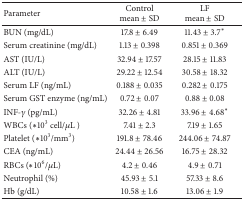
| Parameter | Controlmean ± SD | LFmean ± SD |
 | --- | --- | --- |
 | BUN (mg/dL) | 17.8 ± 6.49 | 11.43 ± 3.7* |
 | Serum creatinine (mg/dL) | 1.13 ± 0.398 | 0.851 ± 0.369 |
 | AST (IU/L) | 32.94 ± 17.57 | 28.15 ± 11.83 |
 | ALT (IU/L) | 29.22 ± 12.54 | 30.58 ± 18.32 |
 | Serum LF (ng/mL) | 0.188 ± 0.035 | 0.282 ± 0.175 |
 | Serum GST enzyme (ng/mL) | 0.72 ± 0.07 | 0.88 ± 0.08 |
 | INF-γ (pg/mL) | 32.26 ± 4.81 | 33.96 ± 4.68* |
 | WBCs (∗103 cell/μL ) | 7.41 ± 2.3 | 7.19 ± 1.65 |
 | Platelet (∗103/mm3) | 191.8 ± 78.46 | 244.06 ± 74.87 |
 | CEA (ng/mL) | 24.44 ± 26.56 | 16.75 ± 28.32 |
 | RBCs (∗106/μL) | 4.2 ± 0.46 | 4.9 ± 0.71 |
 | Neutrophil (%) | 45.93 ± 5.1 | 57.33 ± 8.6 |
 | Hb (g/dL) | 10.58 ± 1.6 | 13.06 ± 1.9 |